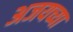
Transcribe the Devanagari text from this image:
अजयच्या